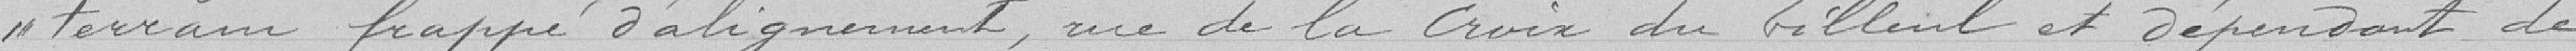
terrain frappé d'alignement, rue de La Croix du Tilleul et dépendant de